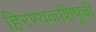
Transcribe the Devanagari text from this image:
हिरण्यकशिपूची